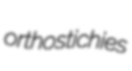
orthostichies